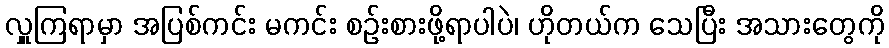
လှူကြရာမှာ အပြစ်ကင်း မကင်း စဉ်းစားဖို့ရာပါပဲ၊ ဟိုတယ်က သေပြီး အသားတွေကို